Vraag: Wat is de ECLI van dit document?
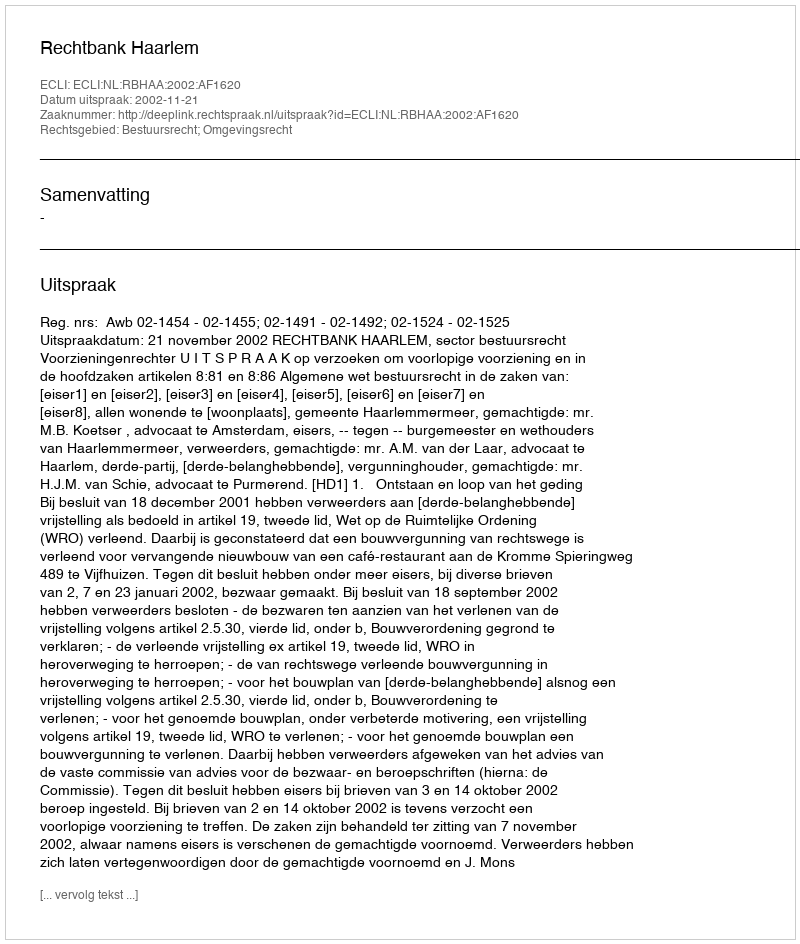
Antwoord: ECLI:NL:RBHAA:2002:AF1620